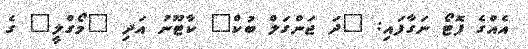
އެއްގެ ފޮޓޯ ނަގާފައި: "ދަ ޖަންގަލް ބުކް" ކާޓޫނު އަދި "މޯގްލީ" ގެ